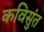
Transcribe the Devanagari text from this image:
कविसुंत